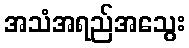
အသံအရည်အသွေး